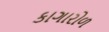
કાગારોળ